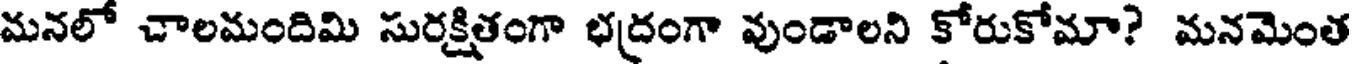
మనలో చాలమందిమి సురక్షితంగా భద్రంగా వుండాలని కోరుకోమా? మనమెంత